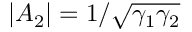
| A _ { 2 } | = 1 / \sqrt { \gamma _ { 1 } \gamma _ { 2 } }